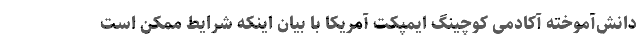
دانش‌آموخته آکادمی کوچینگ ایمپکت آمریکا با بیان اینکه شرایط ممکن است